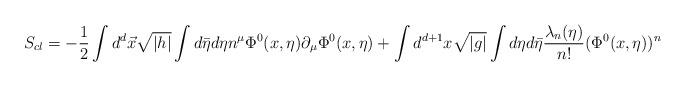
LaTeX: \begin{align*}S_{cl}=-\frac{1}{2}\int d^{d}\vec{x}\sqrt{|h|}\int d\bar{\eta}d\eta n^{\mu}\Phi^{0}(x,\eta) \partial_{\mu}\Phi^{0}(x,\eta)+\int d^{d+1}x\sqrt{|g|}\int d\eta d\bar{\eta}\frac{\lambda_{n}(\eta)} {n!}(\Phi^{0}(x,\eta))^{n}\end{align*}